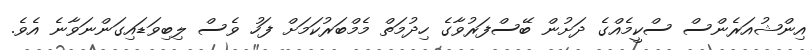
އިންޝުއަރެންސް ސްކީމެއްގެ ދަށުން ބޭސްފަރުވާގެ ހިދުމަތް މެމްބަރުކަމަށް ފަހު ވެސް ލިބިވަޑައިގަންނަވާނެ އެވެ.